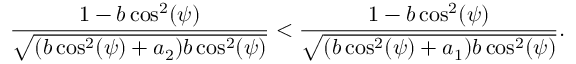
\frac { 1 - b \cos ^ { 2 } ( \psi ) } { \sqrt { ( b \cos ^ { 2 } ( \psi ) + a _ { 2 } ) b \cos ^ { 2 } ( \psi ) } } < \frac { 1 - b \cos ^ { 2 } ( \psi ) } { \sqrt { ( b \cos ^ { 2 } ( \psi ) + a _ { 1 } ) b \cos ^ { 2 } ( \psi ) } } .